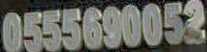
0555690052